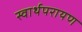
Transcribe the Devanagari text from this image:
स्वार्थपरायण